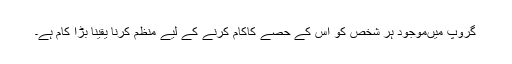
گروپ میںموجود ہر شخص کو اس کے حصے کاکام کرنے کے لیے منظم کرنا یقیناً بڑا کام ہے۔